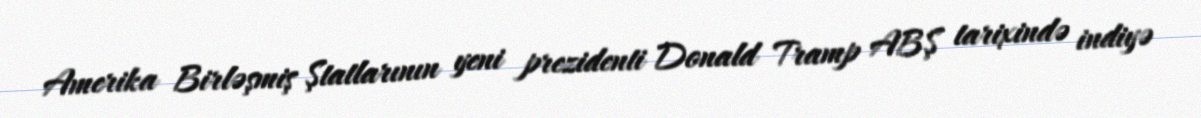
Amerika Birləşmiş Ştatlarının yeni prezidenti Donald Tramp ABŞ tarixində indiyə